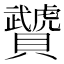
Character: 𧹁